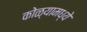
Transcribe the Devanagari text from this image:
कोळ्यामध्ये